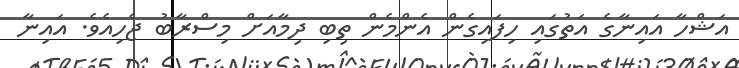
އަޝްހާ އައިނާގެ އަތުގައި ހިފައިގެން އެންމެން ތިބި ދިމާއަށް މިސްރާބު ޖެހިއެވެ. އައިނާ